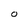
Character: O